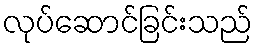
လုပ်ဆောင်ခြင်းသည်